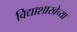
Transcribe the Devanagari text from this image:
विद्याशाखेच्या